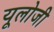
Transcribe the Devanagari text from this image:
यूलोजी